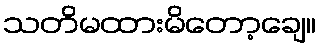
သတိမထားမိတော့ချေ။